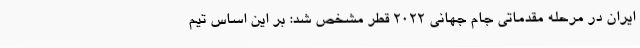
ایران در مرحله مقدماتی جام جهانی 2022 قطر مشخص شد: بر این اساس تیم